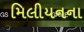
મિલીયનના